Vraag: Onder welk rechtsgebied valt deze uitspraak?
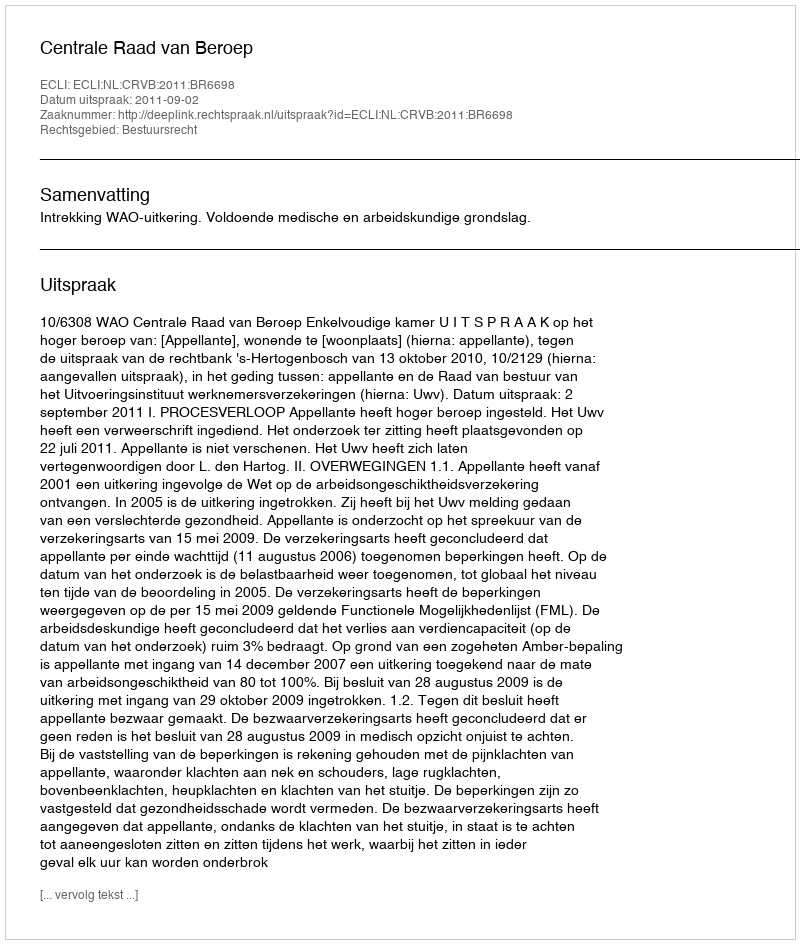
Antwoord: Bestuursrecht